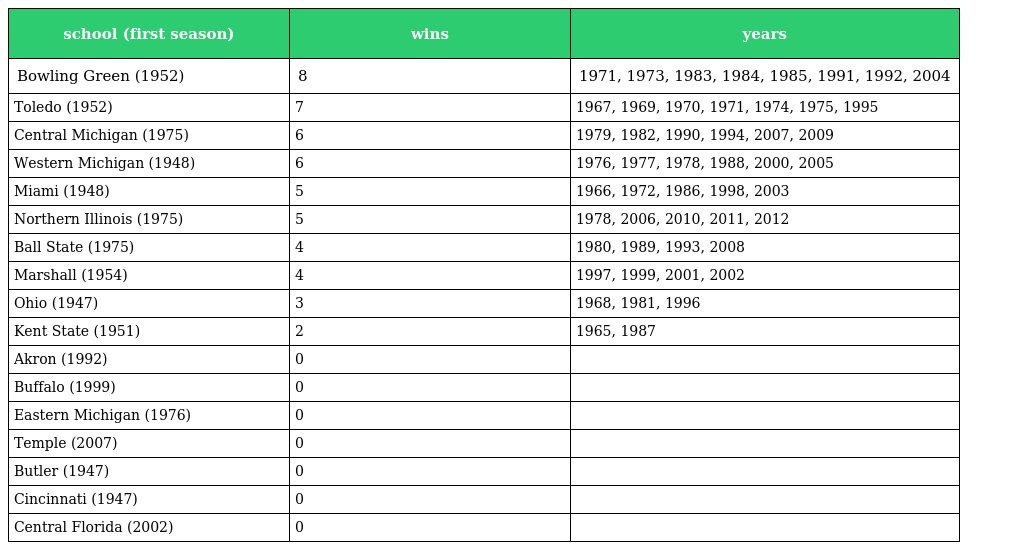
| school (first season) | wins | years |
 | --- | --- | --- |
 | Bowling Green (1952) | 8 | 1971, 1973, 1983, 1984, 1985, 1991, 1992, 2004 |
 | Toledo (1952) | 7 | 1967, 1969, 1970, 1971, 1974, 1975, 1995 |
 | Central Michigan (1975) | 6 | 1979, 1982, 1990, 1994, 2007, 2009 |
 | Western Michigan (1948) | 6 | 1976, 1977, 1978, 1988, 2000, 2005 |
 | Miami (1948) | 5 | 1966, 1972, 1986, 1998, 2003 |
 | Northern Illinois (1975) | 5 | 1978, 2006, 2010, 2011, 2012 |
 | Ball State (1975) | 4 | 1980, 1989, 1993, 2008 |
 | Marshall (1954) | 4 | 1997, 1999, 2001, 2002 |
 | Ohio (1947) | 3 | 1968, 1981, 1996 |
 | Kent State (1951) | 2 | 1965, 1987 |
 | Akron (1992) | 0 |  |
 | Buffalo (1999) | 0 |  |
 | Eastern Michigan (1976) | 0 |  |
 | Temple (2007) | 0 |  |
 | Butler (1947) | 0 |  |
 | Cincinnati (1947) | 0 |  |
 | Central Florida (2002) | 0 |  |